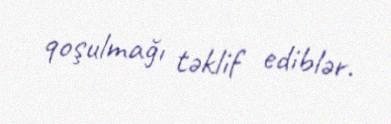
qoşulmağı təklif ediblər.